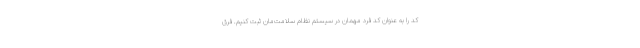
کد را به عنوان کد فرد مهمان در سیستم نظام سلامت‌مان ثبت کنیم. فرق